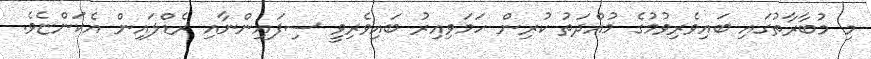
މި މުބާރާތުގައި ބައިވެރިވުމުގެ މުއްދަތު ކުރިން ހަމަވިއިރު ބައިވެރިވީ ސިފައިންނާއި ރެޑްލައިން އެކަންޏެވެ.